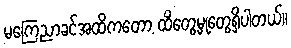
မကြေညာခင်အထိကတော့ ထိတွေ့မှုတွေရှိပါတယ်။